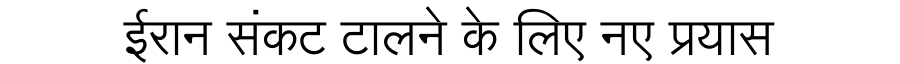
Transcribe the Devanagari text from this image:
ईरान संकट टालने के लिए नए प्रयास